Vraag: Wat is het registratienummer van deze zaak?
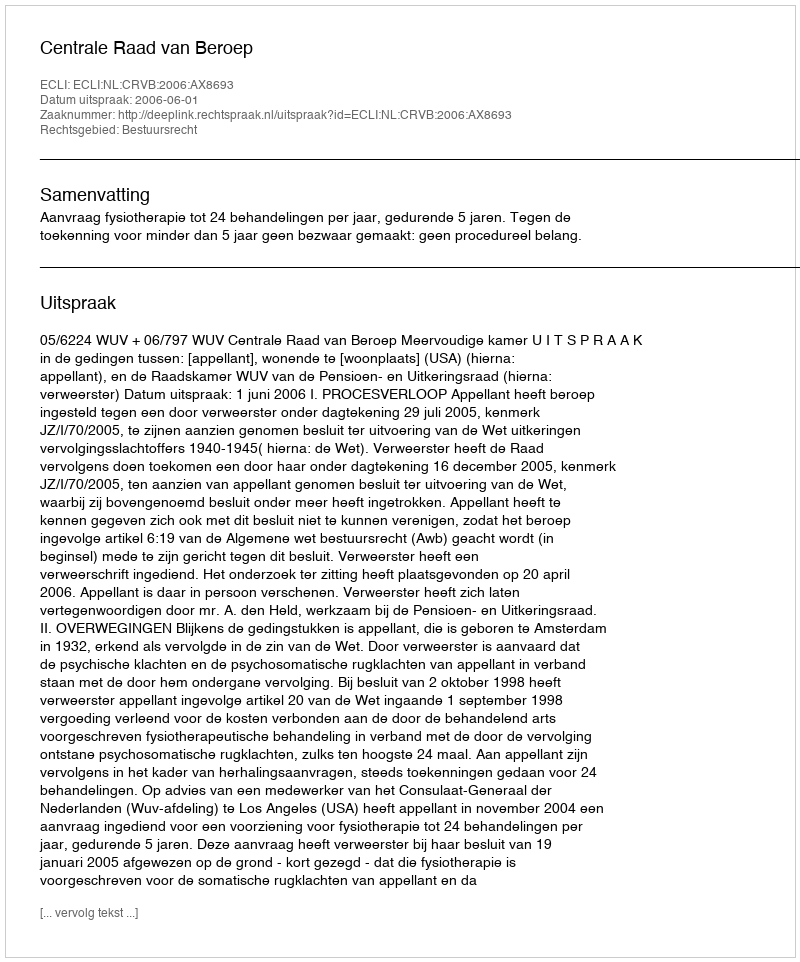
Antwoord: http://deeplink.rechtspraak.nl/uitspraak?id=ECLI:NL:CRVB:2006:AX8693